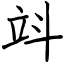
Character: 䇆